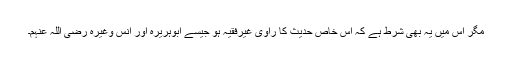
مگر اس میں یہ بھی شرط ہے کہ اس خاص حدیث کا راوی غیرفقیہ ہو جیسے ابوہریرہ اور انس وغیرہ رضی اللہ عنہم۔